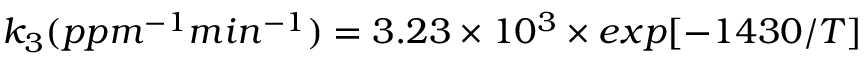
k _ { 3 } ( p p m ^ { - 1 } m i n ^ { - 1 } ) = 3 . 2 3 \times 1 0 ^ { 3 } \times e x p [ - 1 4 3 0 / T ]